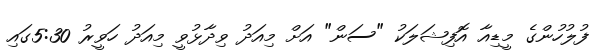
ފުލުހުންގެ މީޑިއާ އޮފިޝަލަކު "ސަން" އަށް މިއަދު ވިދާޅުވީ މިއަދު ހަވީރު 5:30ގައި